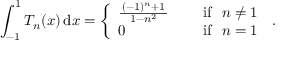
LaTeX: \int _ { - 1 } ^ { 1 } T _ { n } ( x ) \, \mathrm { d } x = { \left\{ \begin{array} { l l } { { \frac { \, ( - 1 ) ^ { n } + 1 \, } { \, 1 - n ^ { 2 } \, } } \quad } & { { \mathrm { ~ i f ~ } } ~ n \neq 1 } \\ { 0 \quad } & { { \mathrm { ~ i f ~ } } ~ n = 1 } \end{array} \right. } ~ .